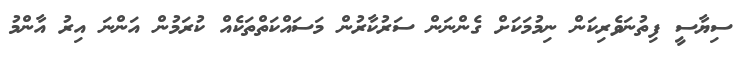
ސިޔާސީ ފިތުނަވެރިކަން ނިމުމަކަށް ގެންނަން ސަރުކާރުން މަސައްކަތްތަކެއް ކުރަމުން އަންނަ އިރު އާންމު